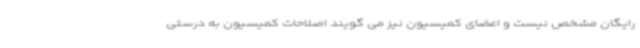
رایگان مشخص نیست و اعضای کمیسیون نیز می گویند اصلاحات کمیسیون به درستی